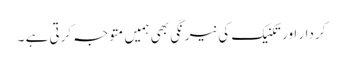
کردار اور تکنیک کی نیرنگی بھی ہمیں متوجہ کرتی ہے ۔